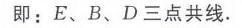
即：\(E、B、D\)三点共线.